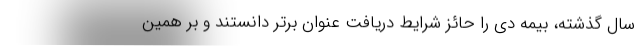
سال گذشته، بیمه دی را حائز شرایط دریافت عنوان برتر دانستند و بر همین